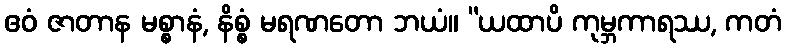
ဧဝံ ဇာတာန မစ္စာနံ, နိစ္စံ မရဏတော ဘယံ။ “ယထာပိ ကုမ္ဘကာရဿ, ကတံ